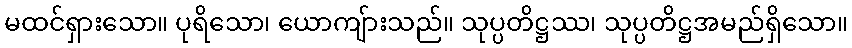
မထင်ရှားသော။ ပုရိသော၊ ယောကျ်ားသည်။ သုပ္ပတိဋ္ဌဿ၊ သုပ္ပတိဋ္ဌအမည်ရှိသော။